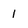
Character: 1